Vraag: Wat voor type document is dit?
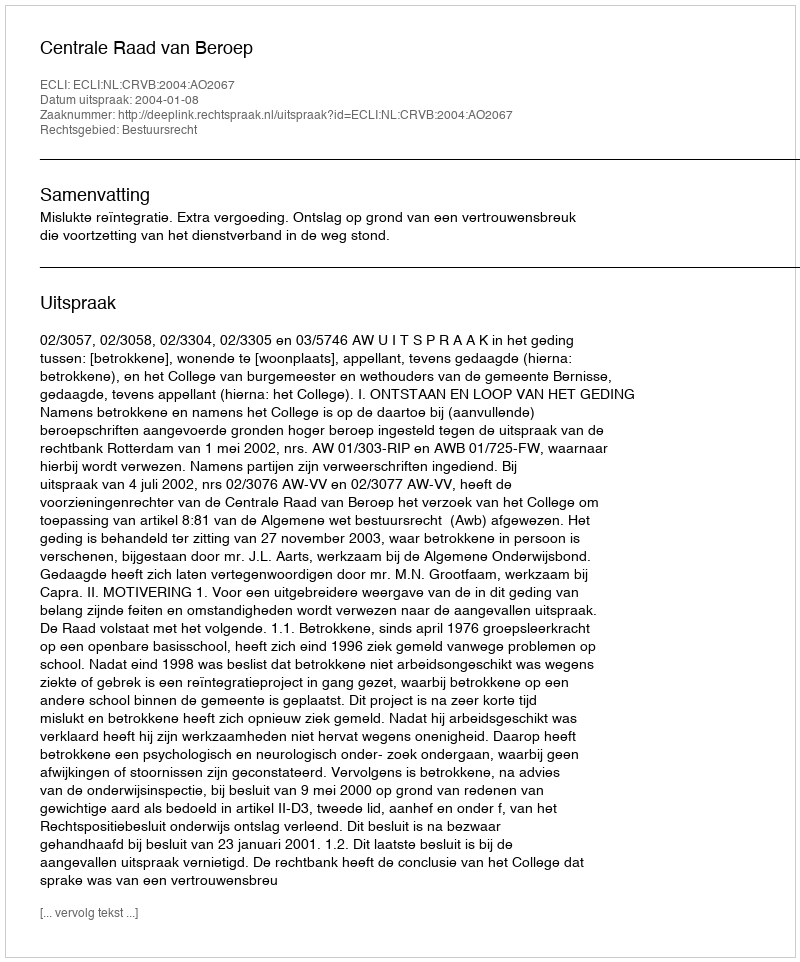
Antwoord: Uitspraak